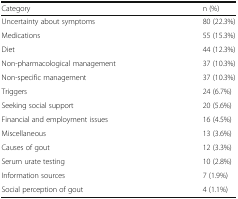
| Category | n (%) |
 | --- | --- |
 | Uncertainty about symptoms | 80 (22.3%) |
 | Medications | 55 (15.3%) |
 | Diet | 44 (12.3%) |
 | Non-pharmacological management | 37 (10.3%) |
 | Non-specific management | 37 (10.3%) |
 | Triggers | 24 (6.7%) |
 | Seeking social support | 20 (5.6%) |
 | Financial and employment issues | 16 (4.5%) |
 | Miscellaneous | 13 (3.6%) |
 | Causes of gout | 12 (3.3%) |
 | Serum urate testing | 10 (2.8%) |
 | Information sources | 7 (1.9%) |
 | Social perception of gout | 4 (1.1%) |